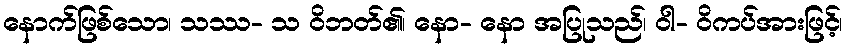
နောက်ဖြစ်သော၊ သဿ- သ ဝိဘတ်၏၊ နော- နော အပြုသည်၊ ဝါ- ဝိကပ်အားဖြင့်၊